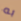
به